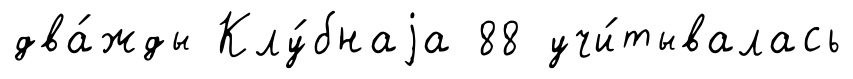
два́жды Клу́бнаjа 88 учи́тывалась